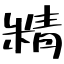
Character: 精